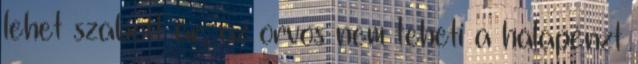
lehet szabott ár, az orvos nem teheti a hálapénzt